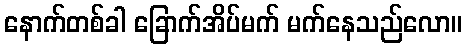
နောက်တစ်ခါ ခြောက်အိပ်မက် မက်နေသည်လော။